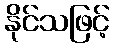
နိုင်သဖြင့်